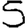
Digit: 5